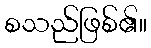
စသည်ဖြစ်၏။